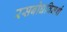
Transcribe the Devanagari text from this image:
रसबोधविमर्श